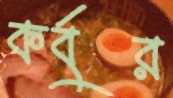
কর্বুর